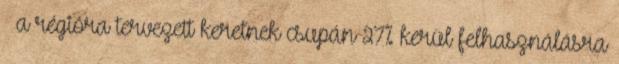
– a régióra tervezett keretnek csupán 27% kerül felhasználásra